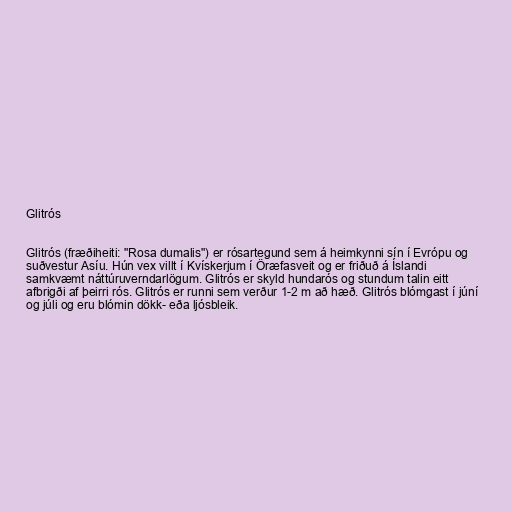
Glitrós

Glitrós (fræðiheiti: "Rosa dumalis") er rósartegund sem á heimkynni sín í Evrópu og
suðvestur Asíu. Hún vex villt í Kvískerjum í Öræfasveit og er friðuð á Íslandi
samkvæmt náttúruverndarlögum. Glitrós er skyld hundarós og stundum talin eitt
afbrigði af þeirri rós. Glitrós er runni sem verður 1-2 m að hæð. Glitrós blómgast í júní
og júli og eru blómin dökk- eða ljósbleik.